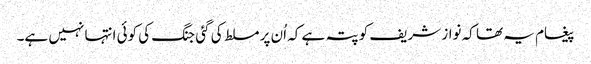
پیغام یہ تھا کہ نواز شریف کو پتہ ہے کہ اُن پر مسلط کی گئی جنگ کی کوئی انتہا نہیں ہے۔